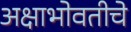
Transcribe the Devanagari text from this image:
अक्षाभोवतीचे